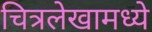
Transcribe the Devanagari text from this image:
चित्रलेखामध्ये